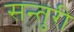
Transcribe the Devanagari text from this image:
सन्तुरी